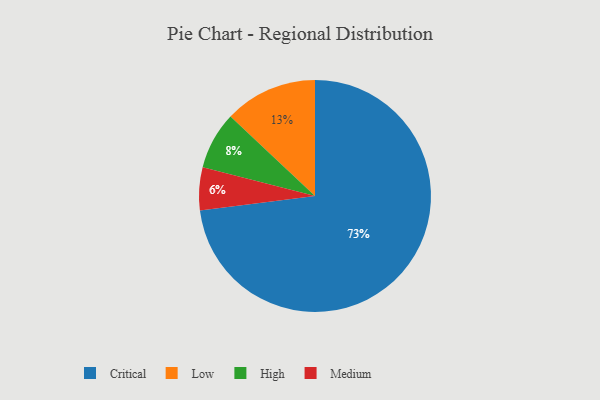
{"axis": {"x": "Category", "y": "Percentage"}, "legend": ["Critical", "High", "Low", "Medium"], "data": [{"x": "High", "y": 8, "type": "High"}, {"x": "Critical", "y": 73, "type": "Critical"}, {"x": "Medium", "y": 6, "type": "Medium"}, {"x": "Low", "y": 13, "type": "Low"}]}